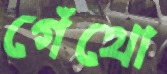
গেঁথো